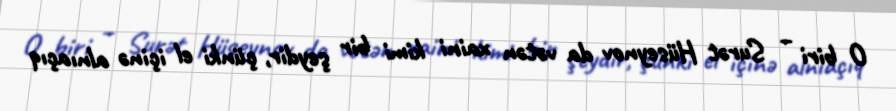
O biri – Surət Hüseynov da vətən xaini kimi bir şeydir, çünki el içinə alnıaçıq